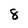
Character: 8